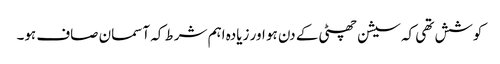
کوشش تھی کہ سیشن چھٹی کے دن ہو اور زیادہ اہم شرط کہ آسمان صاف ہو۔